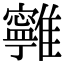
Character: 𩁔